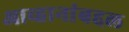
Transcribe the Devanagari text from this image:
आव्हानांबद्दल